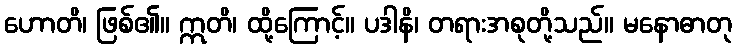
ဟောတိ၊ ဖြစ်၏။ ဣတိ၊ ထို့ကြောင့်။ ပဒါနိ၊ တရားအစုတို့သည်။ မနောဓာတု